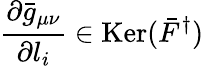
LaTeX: {\frac{\partial\bar{g}_{\mu\nu}}{\partial l_{i}}}\in\mathrm{Ker}(\bar{F}^{\dagger})